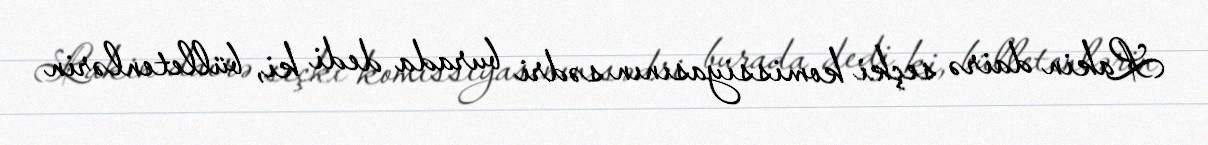
Lakin dairə seçki komissiyasının sədri burada dedi ki, bülletenlərin